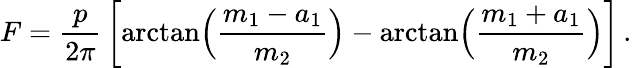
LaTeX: F={\frac{p}{2\pi}}\left[\arctan\Bigl({\frac{m_{1}-a_{1}}{m_{2}}}\Bigr)-\arctan\Bigl({\frac{m_{1}+a_{1}}{m_{2}}}\Bigr)\right]\, .